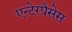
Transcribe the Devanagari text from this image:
एन्टेरप्रैसेस